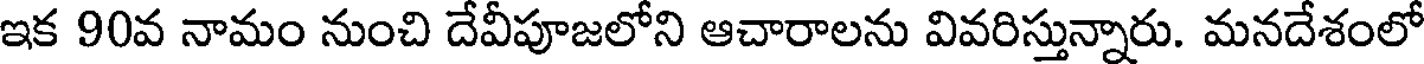
ఇక 90వ నామం నుంచి దేవీపూజలోని ఆచారాలను వివరిస్తున్నారు. మనదేశంలో